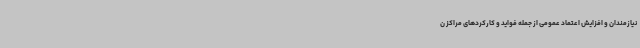
نیازمندان و افزایش اعتماد عمومی از جمله فواید و کارکردهای مراکز ن